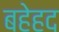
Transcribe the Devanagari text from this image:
बहेहद